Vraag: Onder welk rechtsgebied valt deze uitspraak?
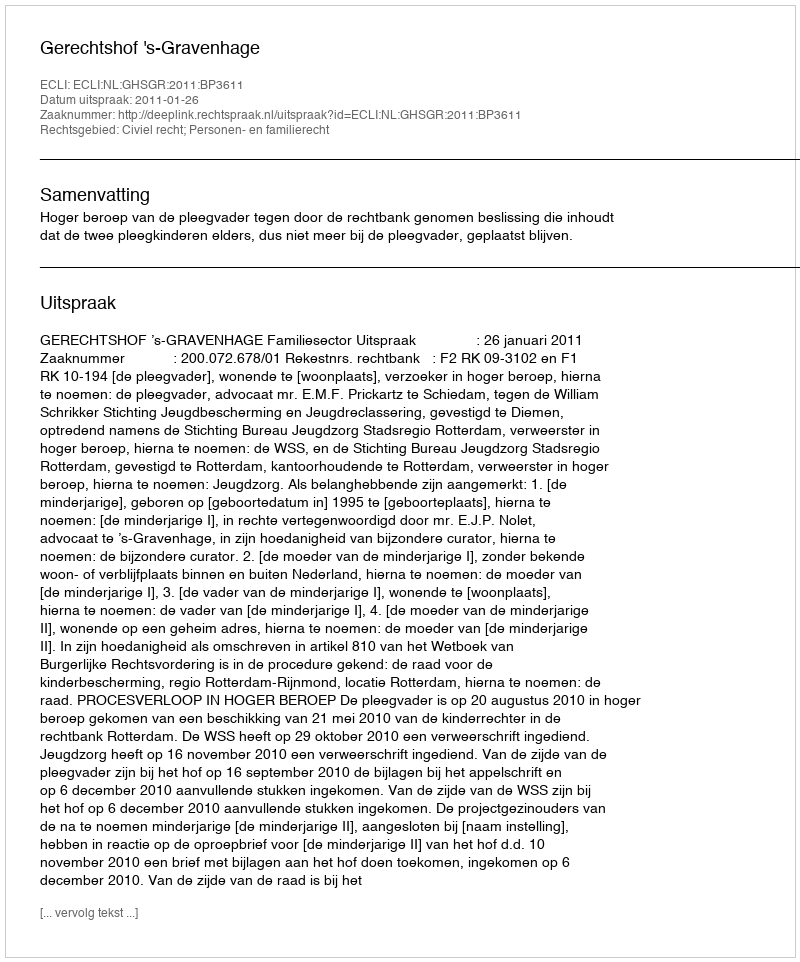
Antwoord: Civiel recht; Personen- en familierecht